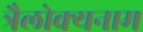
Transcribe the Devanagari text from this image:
त्रैलोक्यनाम